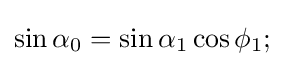
\sin \alpha _{0}=\sin \alpha _{1}\cos \phi _{1};